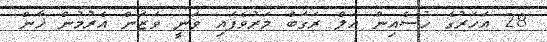
28 އަހަރުގެ ހުސެއިން އަލް ރަގަބް މަރުވެފައި ވަނީ ވަޒަން އެރުމުން ޚާން